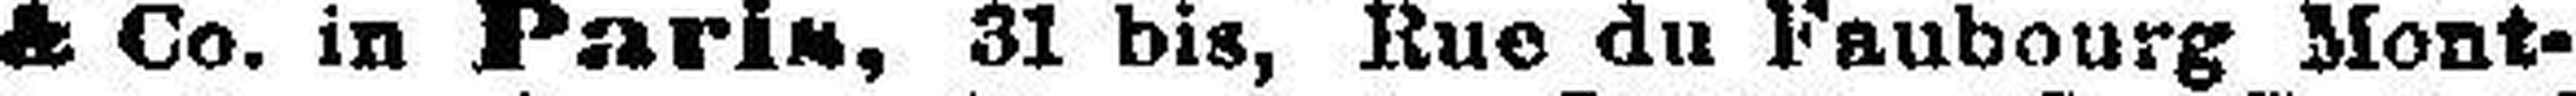
& Co. in Paris, 31 bis, Rue du Faubourg Mont¬